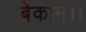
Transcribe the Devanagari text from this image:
बेकाम।।